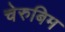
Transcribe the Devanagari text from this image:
चेरुबिम